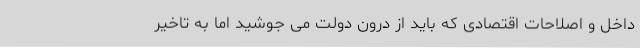
داخل و اصلاحات اقتصادی که باید از درون دولت می جوشید اما به تاخیر